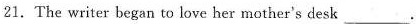
21.The writer began to love her mother's desk ___.